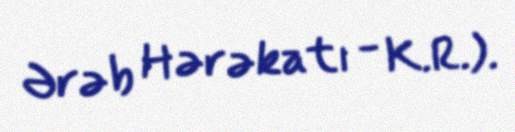
Ərəb Hərəkatı - K.R.).